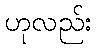
ဟုလည်း